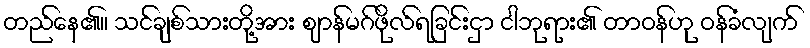
တည်နေ၏။ သင်ချစ်သားတို့အား ဈာန်မဂ်ဖိုလ်ရခြင်းငှာ ငါဘုရား၏ တာဝန်ဟု ဝန်ခံလျက်